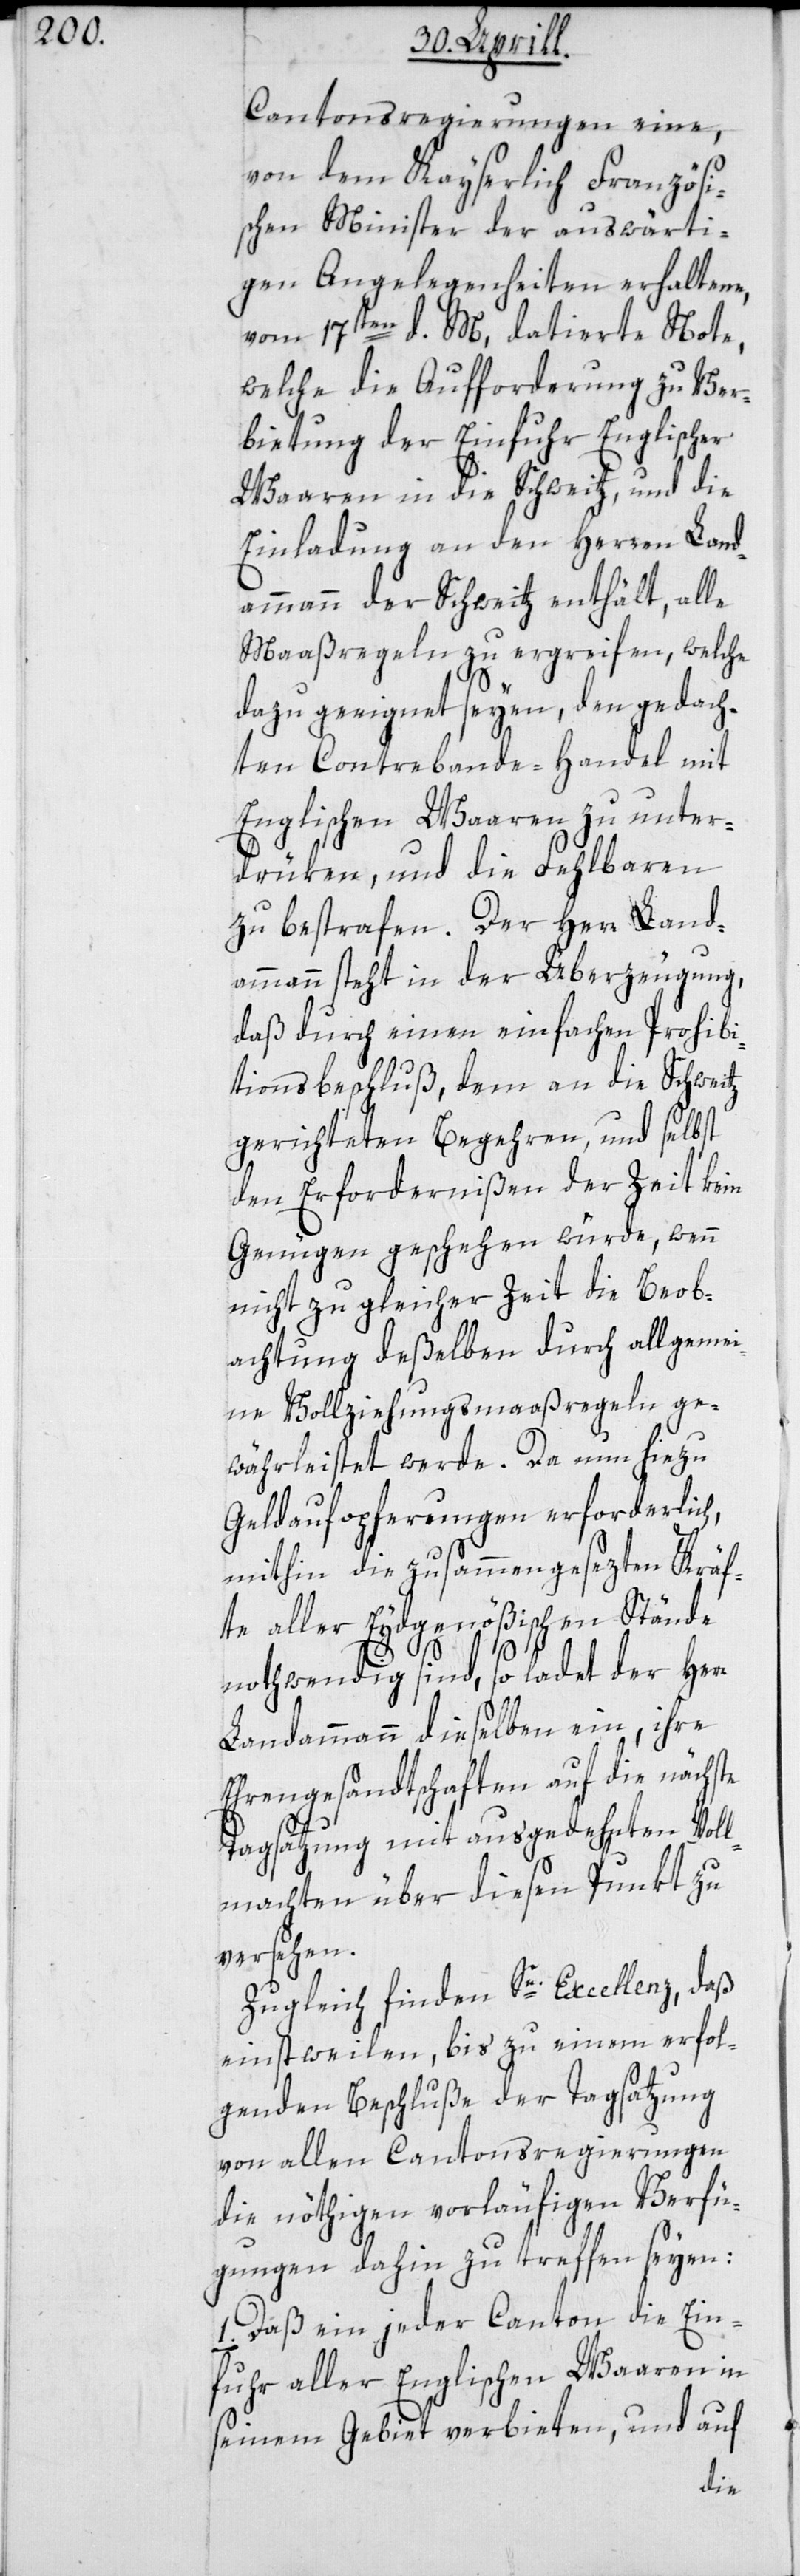
Cantonsregierungen eine,
von dem Kayserlich Französi¬
schen Minister der auswärti¬
gen Angelegenheiten erhaltene,
vom 17ten d. M., datierte Note,
welche die Aufforderung zu Ver¬
bietung der Einfuhr Englischer
Waaren in die Schweitz, und die
Einladung an den Herren Land¬
ammann der Schweitz enthält, alle
Maaßregeln zu ergreifen, welche
dazu geeignet seyen, den gedach¬
ten Contrebande-Handel mit
Englischen Waaren zu unter¬
drüken, und die Fehlbaren
zu bestrafen. Der Herr Land¬
ammann steht in der Überzeugung,
daß durch einen einfachen Prohibi¬
tionsbeschluß, dem an die Schweitz
gerichteten Begehren, und selbst
den Erfordernißen der Zeit kein
Genügen geschehen würde, wenn
nicht zu gleicher Zeit die Beob¬
achtung deßelben durch allgemei¬
ne Vollziehungsmaaßregeln ge¬
währleistet werde. Da nun hiezu
Geldaufopferungen erforderlich,
mithin die zusammengesezten Kräf¬
te aller Eydgenößischen Stände
nothwendig sind, so ladet der Herr
Landammann dieselben ein, ihre
Ehrengesandtschaften auf die nächste
Tagsatzung mit ausgedehnten Vol¬
lmachten über diesen Punkt zu
versehen.
Zugleich finden Se. Excellenz, daß
einstweilen bis zu einem erfol¬
genden Beschluße der Tagsatzung
von allen Cantonsregierungen
die nöthigen vorläufigen Verfü¬
gungen dahin zu treffen seyen:
Daß ein jeder Canton die Ein¬
fuhr aller Englischen Waaren in
seinem Gebiet verbieten, und auf